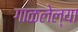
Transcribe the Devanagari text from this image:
गाळलेल्या